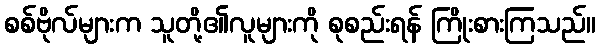
စစ်ဗိုလ်များက သူတို့၏လူများကို စုစည်းရန် ကြိုးစားကြသည်။